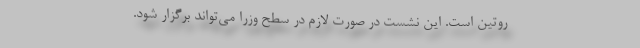
روتین است. این نشست در صورت لازم در سطح وزرا می‌تواند برگزار شود.